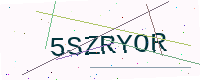
Text: 5SZRYOR